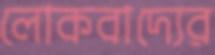
লোকবাদ্যের